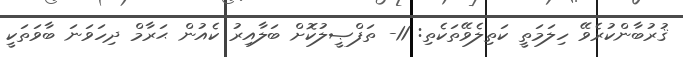
ޤުރުބާންކުރެވޭ ހިލަމަތީ ކަތިލެވޭތަކެތި: 11- ތަފްޞީލުކޮށް ބަލާއިރު ކެއުން ޙަރާމް ދިހަވަނަ ބާވަތަކީ